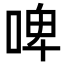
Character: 啤